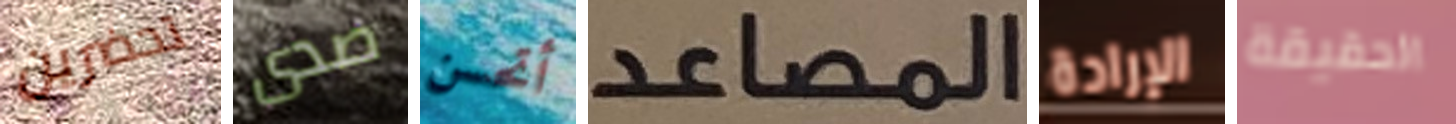
تحضرين صدى أتحسن المصاعد الإرادة الحقيقة